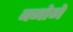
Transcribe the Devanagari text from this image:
बनोगे